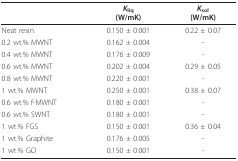
<table><thead><tr><td></td><td><b><i>K</i><sub>liq</sub>(W/mK)</b></td><td><b><i>K</i><sub>sol</sub>(W/mK)</b></td></tr></thead><tbody><tr><td>Neat resin</td><td>0.150 ± 0.001</td><td>0.22 ± 0.07</td></tr><tr><td>0.2 wt.% MWNT</td><td>0.162 ± 0.004</td><td>-</td></tr><tr><td>0.4 wt.% MWNT</td><td>0.176 ± 0.009</td><td>-</td></tr><tr><td>0.6 wt.% MWNT</td><td>0.202 ± 0.004</td><td>0.29 ± 0.05</td></tr><tr><td>0.8 wt.% MWNT</td><td>0.220 ± 0.001</td><td>-</td></tr><tr><td>1 wt.% MWNT</td><td>0.250 ± 0.001</td><td>0.38 ± 0.07</td></tr><tr><td>0.6 wt.% f-MWNT</td><td>0.180 ± 0.001</td><td>-</td></tr><tr><td>0.6 wt.% SWNT</td><td>0.180 ± 0.001</td><td>-</td></tr><tr><td>1 wt.% FGS</td><td>0.150 ± 0.001</td><td>0.36 ± 0.04</td></tr><tr><td>1 wt.% Graphite</td><td>0.176 ± 0.005</td><td>-</td></tr><tr><td>1 wt.% GO</td><td>0.150 ± 0.001</td><td>-</td></tr></tbody></table>